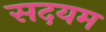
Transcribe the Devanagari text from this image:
सदयम